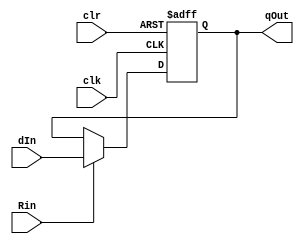
module outPort(
	input wire clk, 
	input wire clr,
	input wire [31:0] dIn,
	input wire Rin,
	output reg [31:0] qOut
);
	always@(posedge clk or negedge clr)
		begin
			if(clr == 0)
				qOut <= 0;
			else if(Rin)
				qOut <= dIn;
		end
		
endmodule